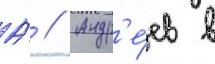
А́ // Андр'е́ев в